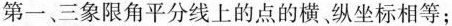
第一、三象限角平分线上的点的横纵坐标相等；